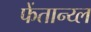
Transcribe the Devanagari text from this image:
फेंतान्य्ल